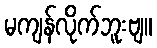
မကျန်လိုက်ဘူးဗျ။